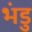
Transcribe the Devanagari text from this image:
भंडु